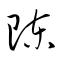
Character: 陳